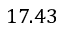
1 7 . 4 3